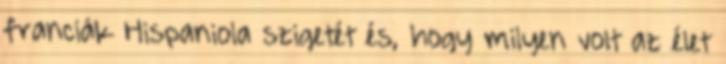
franciák Hispaniola szigetét és, hogy milyen volt az élet